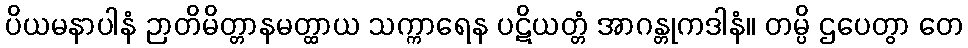
ပိယမနာပါနံ ဉာတိမိတ္တာနမတ္ထာယ သက္ကာရေန ပဋိယတ္တံ အာဂန္တုကဒါနံ။ တမ္ပိ ဌပေတွာ တေ